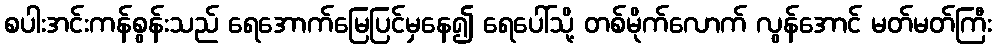
စပါးအင်းကန်စွန်းသည် ရေအောက်မြေပြင်မှနေ၍ ရေပေါ်သို့ တစ်မိုက်လောက် လွန်အောင် မတ်မတ်ကြီး